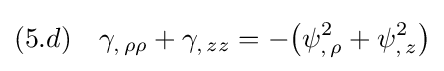
(5.d)\quad \gamma _{,\,\rho \rho }+\gamma _{,\,zz}=-{\big (}\psi _{,\,\rho }^{2}+\psi _{,\,z}^{2}{\big )}